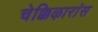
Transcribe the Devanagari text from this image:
चेक्किऴारांस